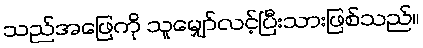
သည်အဖြေကို သူမျှော်လင့်ပြီးသားဖြစ်သည်။